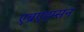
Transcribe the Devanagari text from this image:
एब्रएह्म्सन